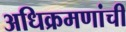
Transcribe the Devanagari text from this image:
अधिक्रमणांची